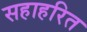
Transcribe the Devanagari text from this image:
सहाहरित